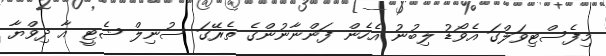
މިފެސްޓިވަލްގަ އެވޯޑު ލިބުނު އެހެން ފަންނާނުންގެ ތެރޭގަ ސުނިލް ޝެޓީ އާ ދިވްޔާ